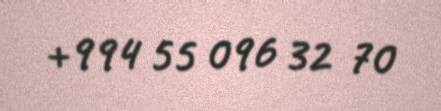
+994 55 096 32 70